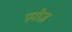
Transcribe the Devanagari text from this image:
प्रपोज़